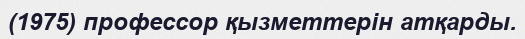
(1975) профессор қызметтерін атқарды.